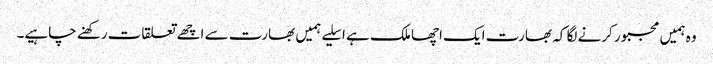
وہ ہمیں مجبور کرنے لگا کہ بھارت ایک اچھا ملک ہے ا سلیے ہمیں بھارت سے اچھے تعلقات رکھنے چاہیے۔